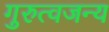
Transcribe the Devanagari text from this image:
गुरुत्वजन्य